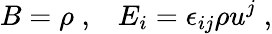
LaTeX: B=\rho\; ,\; \; \; E_{i}=\epsilon_{ij}\rho u^{j}\; ,